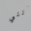
أنني